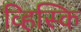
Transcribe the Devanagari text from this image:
व्हिस्कि